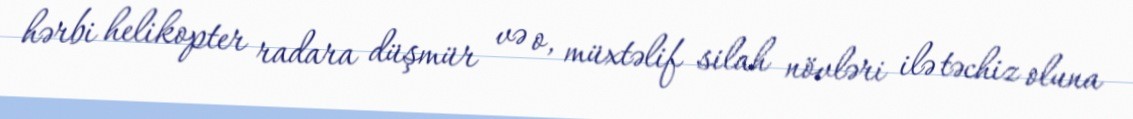
hərbi helikopter radara düşmür və o, müxtəlif silah növləri ilə təchiz oluna